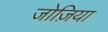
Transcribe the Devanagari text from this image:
जोज़िया